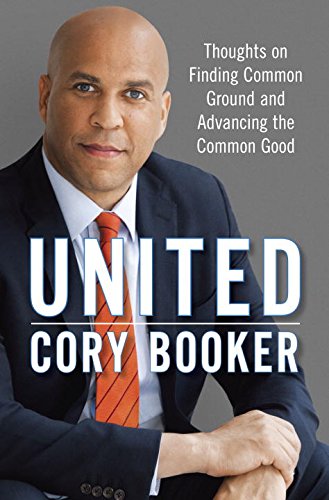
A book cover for United: Thoughts on Finding Common Ground and Advancing the Common Good; Cory Booker; Biographies & Memoirs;